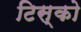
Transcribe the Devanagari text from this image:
टिस्‍को